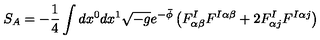
S _ { A } = - \frac { 1 } { 4 } \int d x ^ { 0 } d x ^ { 1 } \sqrt { - g } e ^ { - \bar { \phi } } \left( F _ { \alpha \beta } ^ { I } F ^ { I \alpha \beta } + 2 F _ { \alpha j } ^ { I } F ^ { I \alpha j } \right)